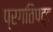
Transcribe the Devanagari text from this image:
प्रगतिपट्ट